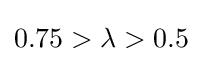
0.75>\lambda >0.5